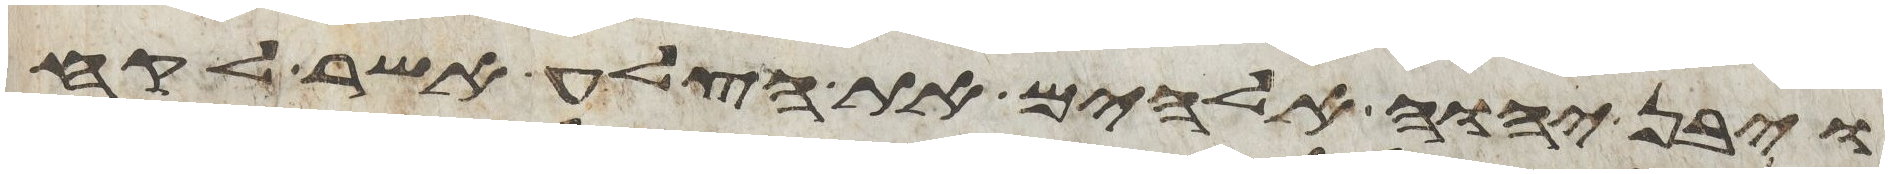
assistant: ויבן יהוה אלהים את הצלע אשר לקח